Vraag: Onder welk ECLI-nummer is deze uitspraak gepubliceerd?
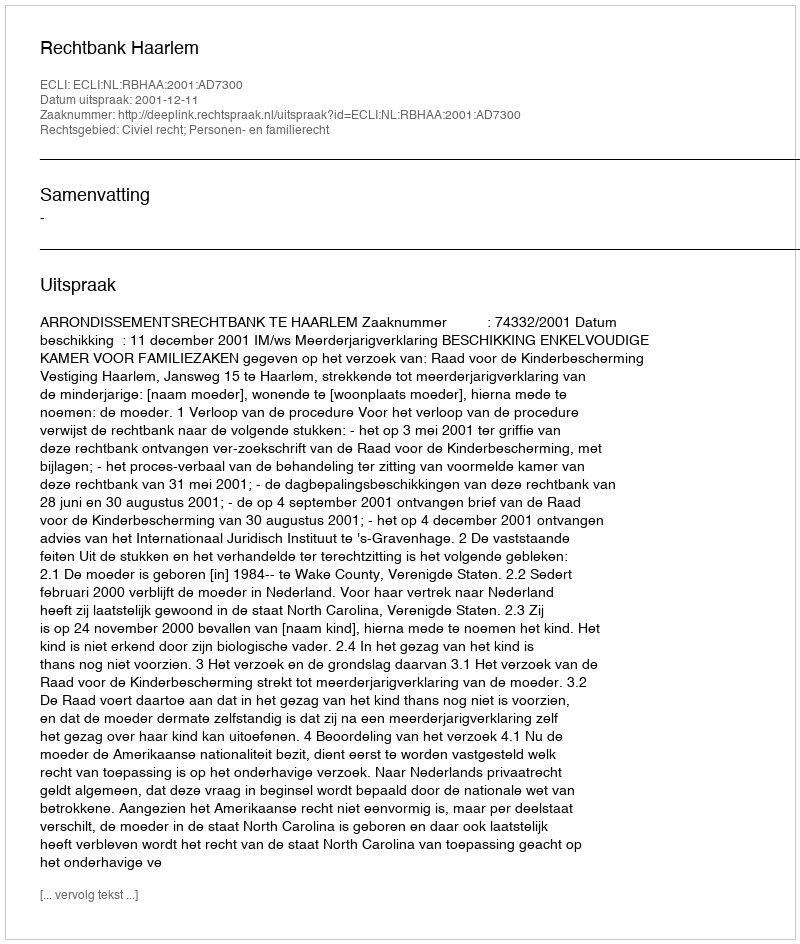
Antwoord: ECLI:NL:RBHAA:2001:AD7300